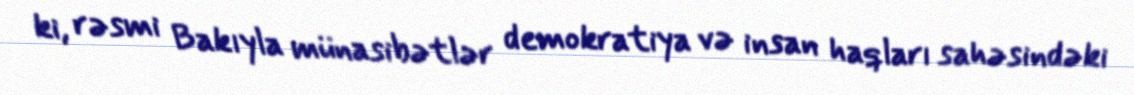
ki, rəsmi Bakıyla münasibətlər demokratiya və insan haqları sahəsindəki